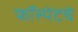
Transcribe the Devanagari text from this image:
फॉस्पेटचे